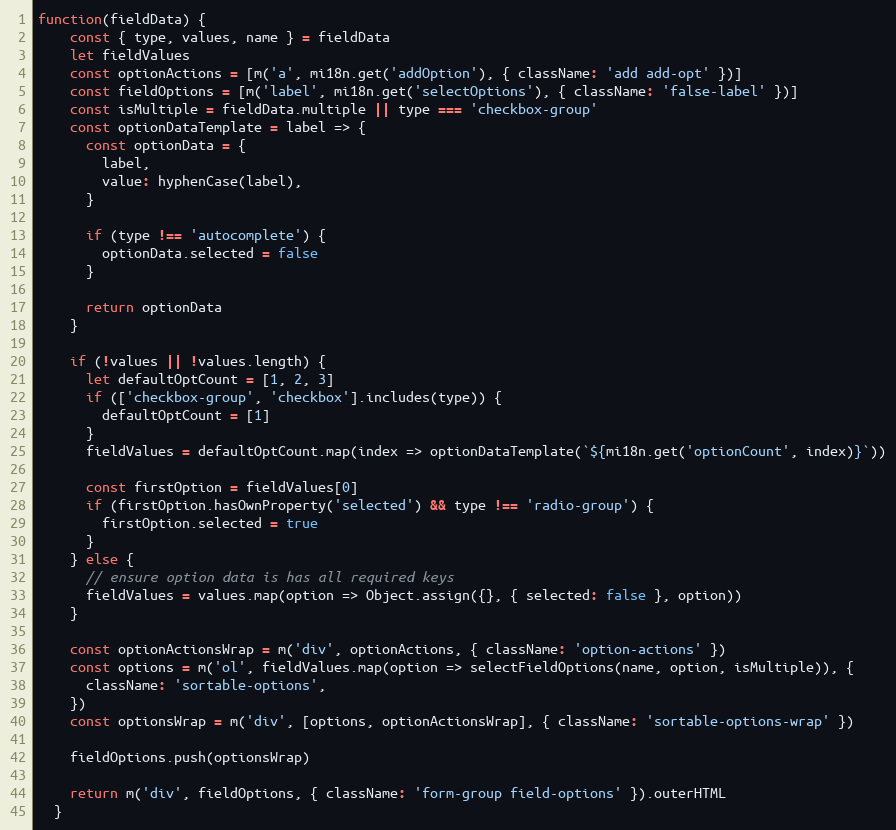
Language: JavaScript
function(fieldData) {
    const { type, values, name } = fieldData
    let fieldValues
    const optionActions = [m('a', mi18n.get('addOption'), { className: 'add add-opt' })]
    const fieldOptions = [m('label', mi18n.get('selectOptions'), { className: 'false-label' })]
    const isMultiple = fieldData.multiple || type === 'checkbox-group'
    const optionDataTemplate = label => {
      const optionData = {
        label,
        value: hyphenCase(label),
      }

      if (type !== 'autocomplete') {
        optionData.selected = false
      }

      return optionData
    }

    if (!values || !values.length) {
      let defaultOptCount = [1, 2, 3]
      if (['checkbox-group', 'checkbox'].includes(type)) {
        defaultOptCount = [1]
      }
      fieldValues = defaultOptCount.map(index => optionDataTemplate(`${mi18n.get('optionCount', index)}`))

      const firstOption = fieldValues[0]
      if (firstOption.hasOwnProperty('selected') && type !== 'radio-group') {
        firstOption.selected = true
      }
    } else {
      // ensure option data is has all required keys
      fieldValues = values.map(option => Object.assign({}, { selected: false }, option))
    }

    const optionActionsWrap = m('div', optionActions, { className: 'option-actions' })
    const options = m('ol', fieldValues.map(option => selectFieldOptions(name, option, isMultiple)), {
      className: 'sortable-options',
    })
    const optionsWrap = m('div', [options, optionActionsWrap], { className: 'sortable-options-wrap' })

    fieldOptions.push(optionsWrap)

    return m('div', fieldOptions, { className: 'form-group field-options' }).outerHTML
  }